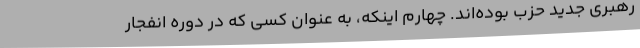
رهبری جدید حزب بوده‌اند. چهارم اینکه، به عنوان کسی که در دوره انفجار